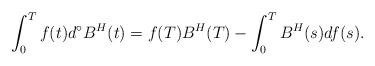
LaTeX: \begin{align*} \int^T_0 f(t) d^{\circ}B^H(t)& = f(T) B^H(T) - \int^T_0 B^H(s) df(s).\end{align*}